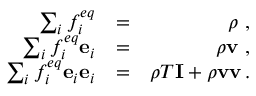
\begin{array} { r l r } { \sum _ { i } f _ { i } ^ { e q } } & { = } & { \rho \ , } \\ { \sum _ { i } f _ { i } ^ { e q } \mathbf { e } _ { i } } & { = } & { \rho \mathbf { v } \ , } \\ { \sum _ { i } f _ { i } ^ { e q } \mathbf { e } _ { i } \mathbf { e } _ { i } } & { = } & { \rho T \mathbf { I } + \rho \mathbf { v } \mathbf { v } \, . } \end{array}